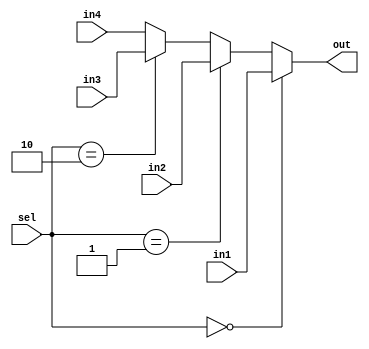

module mux_4to1 (in1, in2, in3, in4, sel , out);
	parameter SIZE = 5;
	input [SIZE - 1:0] in1, in2, in3, in4;
	input [1:0] sel;
	output [SIZE - 1:0] out;
  
	assign out = (sel == 2'b00) ? in1 :
                 (sel == 2'b01) ? in2 :
                 (sel == 2'b10) ? in3 :
                 in4 ;
  
endmodule